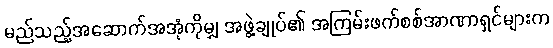
မည်သည့်အဆောက်အအုံကိုမျှ အဖွဲ့ချုပ်၏ အကြမ်းဖက်စစ်အာဏာရှင်များက